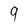
Character: 9